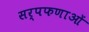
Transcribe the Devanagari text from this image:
सर्पफणाओं